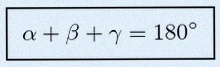
\alpha+\beta+\gamma=180^\circ